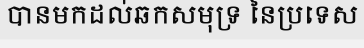
បានមកដល់ឆកសមុទ្រ នៃប្រទេស